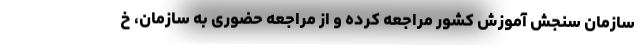
سازمان سنجش آموزش کشور مراجعه کرده و از مراجعه حضوری به سازمان، خ